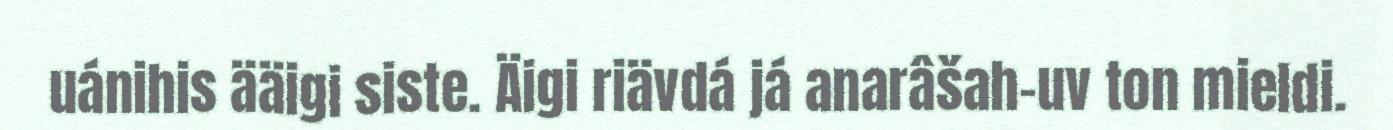
uánihis ääigi siste. Äigi riävdá já anarâšah-uv ton mieldi.